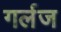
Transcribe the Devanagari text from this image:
गर्लज